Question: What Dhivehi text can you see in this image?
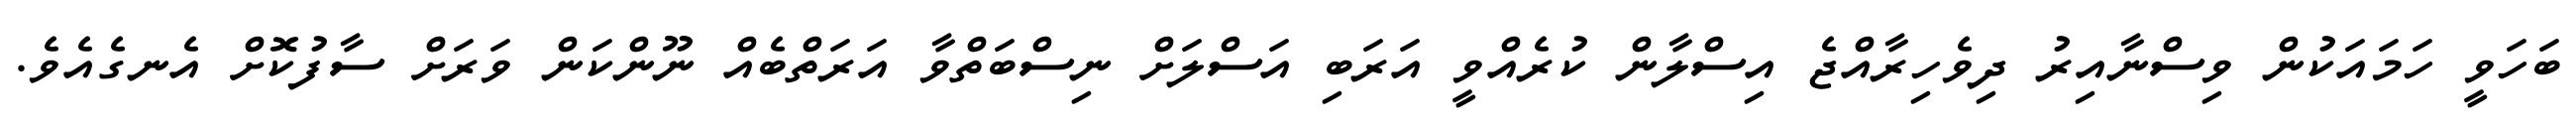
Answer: ބަހަވީ ހަމައަކުން ވިސްނާއިރު ދިވެހިރާއްޖެ އިސްލާން ކުރެއްވީ އަރަބި އަސްލަށް ނިސްބަތްވާ އަރަތްބެއް ނޫންކަން ވަރަށް ސާފުކޮށް އެނގެއެވެ.